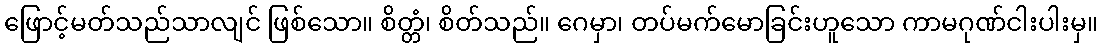
ဖြောင့်မတ်သည်သာလျင် ဖြစ်သော။ စိတ္တံ၊ စိတ်သည်။ ဂေမှာ၊ တပ်မက်မောခြင်းဟူသော ကာမဂုဏ်ငါးပါးမှ။